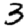
Digit: 3